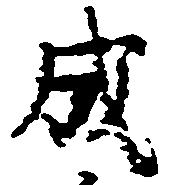
成